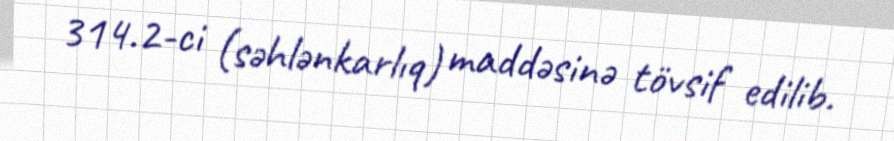
314.2-ci (səhlənkarlıq) maddəsinə tövsif edilib.